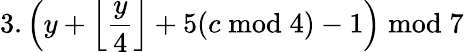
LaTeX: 3.\left(y+{\Big\lfloor}{\frac{y}{4}}{\Big\rfloor}+5(c{\bmod{4}})-1\right){\bmod{7}}